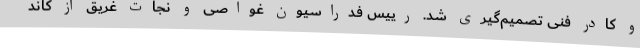
و کادر فنی تصمیم‌گیری شد. رییس فدراسیون غواصی و نجات غریق از کاند